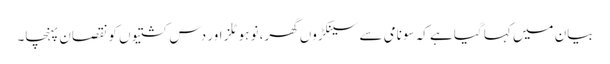
بیان میں کہا گیا ہے کہ سونامی سے سینکڑوں گھر، نو ہوٹلز اور دس کشتیوں کو نقصان پہنچا۔